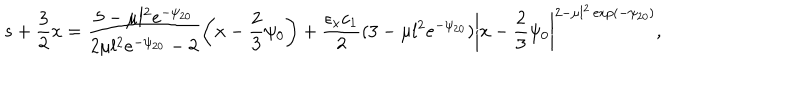
LaTeX: s + \frac { 3 } { 2 } x = \frac { 5 - \mu l ^ { 2 } e ^ { - \psi _ { 2 0 } } } { 2 \mu l ^ { 2 } e ^ { - \psi _ { 2 0 } } - 2 } \left( x - \frac { 2 } { 3 } \psi _ { 0 } \right) + \frac { \epsilon _ { x } c _ { 1 } } { 2 } ( 3 - \mu l ^ { 2 } e ^ { - \psi _ { 2 0 } } ) \left| x - \frac { 2 } { 3 } \psi _ { 0 } \right| ^ { 2 - \mu l ^ { 2 } \exp ( - \psi _ { 2 0 } ) } ,